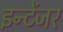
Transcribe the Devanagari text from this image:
इन्टेंजर